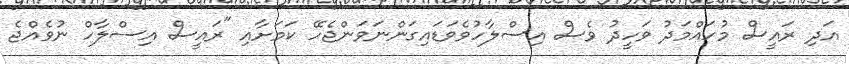
އަދި ރައީސް މުހައްމަދު ވަހީދު ވެސް އިސްލާހުވެވަޑައިގަންނަވަންޖެހޭ ކަމަށާއި "ރައީސް އިސްލާހް ނުވެއްޖެ